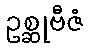
ဥစ္ဆုဗီဇံ